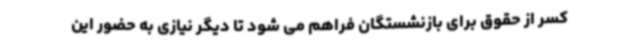
کسر از حقوق برای بازنشستگان فراهم می شود تا دیگر نیازی به حضور این